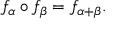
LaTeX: f _ { \alpha } \circ f _ { \beta } = f _ { \alpha + \beta } .